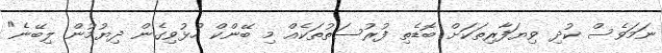
ނަމަވެސް ކުދި ވިޔަފާރިތަކަށް ބޮޑެތި ފުރުސަތުތަކެއް މި ބޭންކް ހުޅުވިގެން ދިޔުމުން ލިބޭނެ"